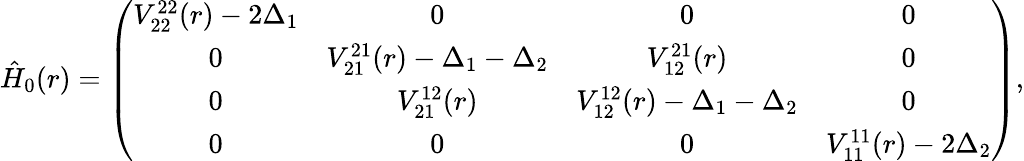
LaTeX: \hat{H}_{0}(r)=\left(\begin{array}{cccc}{V_{22}^{22}(r)-2\Delta_{1}}&{0}&{0}&{0}\\ {0}&{V_{21}^{21}(r)-\Delta_{1}-\Delta_{2}}&{V_{12}^{21}(r)}&{0}\\ {0}&{V_{21}^{12}(r)}&{V_{12}^{12}(r)-\Delta_{1}-\Delta_{2}}&{0}\\ {0}&{0}&{0}&{V_{11}^{11}(r)-2\Delta_{2}}\end{array}\right),